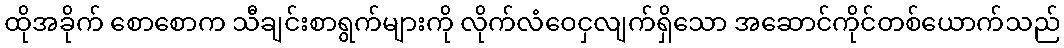
ထိုအခိုက် စောစောက သီချင်းစာရွက်များကို လိုက်လံဝေငှလျက်ရှိသော အဆောင်ကိုင်တစ်ယောက်သည်